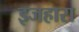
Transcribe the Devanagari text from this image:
इजहारा